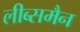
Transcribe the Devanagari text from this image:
लीब्समैन